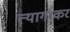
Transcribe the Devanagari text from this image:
त्यागरकर